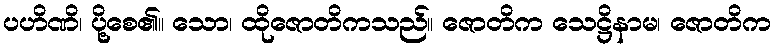
ပဟိဏိ၊ ပို့စေ၏။ သော၊ ထိုဇောတိကသည်။ ဇောတိက သေဋ္ဌိနာမ၊ ဇောတိက